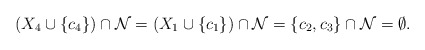
\begin{align*}(X_4\cup\{c_4\})\cap {\cal N}=(X_1\cup\{c_1\})\cap {\cal N}=\{c_2, c_3\}\cap {\cal N}=\emptyset.\end{align*}